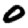
Digit: 0